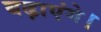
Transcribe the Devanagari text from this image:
बढ़ाएंगे।